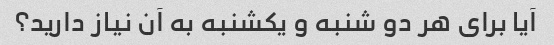
آیا برای هر دو شنبه و یکشنبه به آن نیاز دارید؟